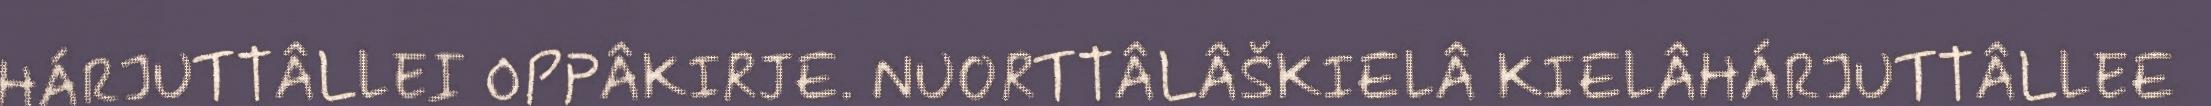
HÁRJUTTÂLLEI OPPÂKIRJE. NUORTTÂLÂŠKIELÂ KIELÂHÁRJUTTÂLLEE